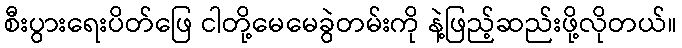
စီးပွားရေးပိတ်ဖြေ ငါတို့မေမေခွဲတမ်းကို နဲ့ဖြည့်ဆည်းဖို့လိုတယ်။